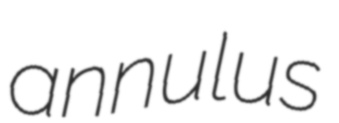
annulus